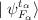
LaTeX: \begin{align*}\mid\psi ^{t_\alpha}_{F_\alpha}\rangle\end{align*}